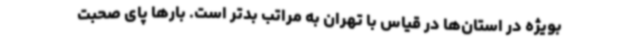
بویژه در استان‌ها در قیاس با تهران به مراتب بدتر است. بارها پای صحبت